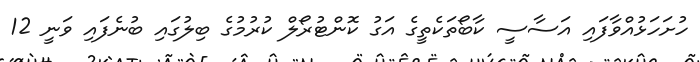
ހުށަހަޅުއްވާފައި އަސާސީ ކާބޯތަކެތީގެ އަގު ކޮންޓުރޯލް ކުރުމުގެ ބިލުގައި ބުނެފައި ވަނީ 12